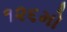
૧૨૬મો